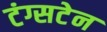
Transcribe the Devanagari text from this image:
टंग्सटेन